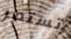
تستمر